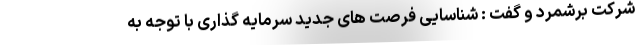
شرکت برشمرد و گفت : شناسایی فرصت های جدید سرمایه گذاری با توجه به